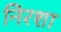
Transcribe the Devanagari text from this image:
निरशा